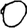
Digit: 0